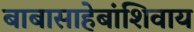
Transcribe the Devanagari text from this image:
बाबासाहेबांशिवाय